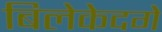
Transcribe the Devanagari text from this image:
बिलेकेदगे